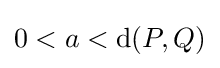
0<a<\operatorname {d} (P,Q)